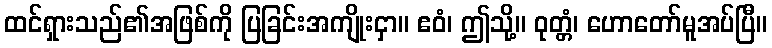
ထင်ရှားသည်၏အဖြစ်ကို ပြခြင်းအကျိုးငှာ။ ဧဝံ၊ ဤသို့။ ဝုတ္တံ၊ ဟောတော်မူအပ်ပြီ။